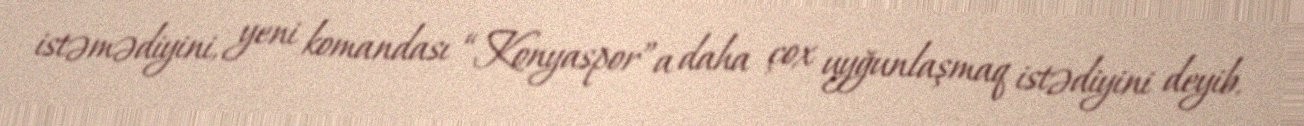
istəmədiyini, yeni komandası “Konyaspor”a daha çox uyğunlaşmaq istədiyini deyib.